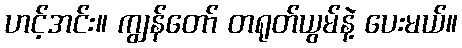
ဟင့်အင်း။ ကျွန်တော် တရုတ်ယွမ်နဲ့ ပေးမယ်။